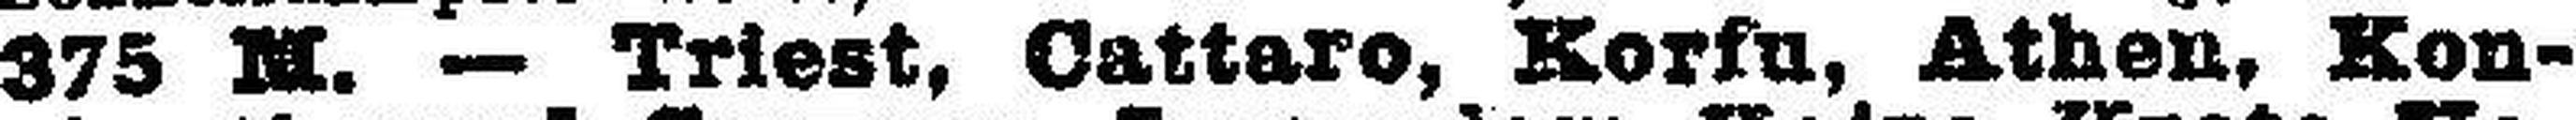
375 M. — Triest, Cattaro, Korfu, Athen, Kon¬